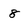
Character: 8